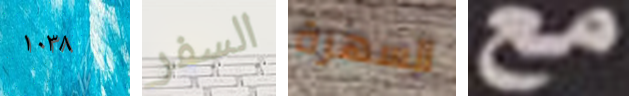
١٠٣٨ السفر السهرة مع